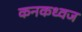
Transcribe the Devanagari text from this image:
कनकध्वज